Document type: Sale
Year: 1439
Scribe: Arnau d'Illes
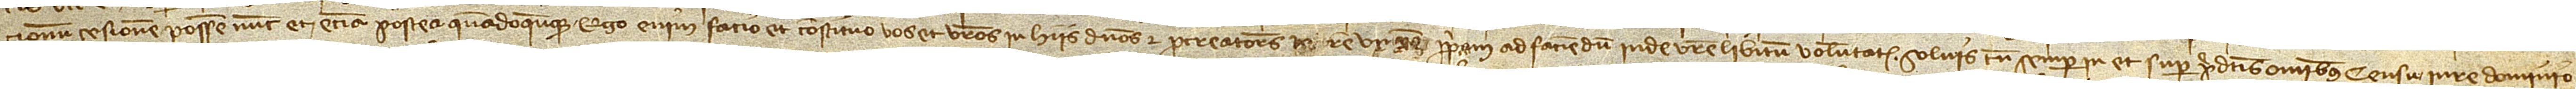
/ cionum cesionem possem, nunc et etiam postea quandoqumque, ego enim facio et constituo vos et vestros in hiis dominos et procuratores in rem vestram propriam, ad faciendum inde vestre libitum voluntatem, solvis tamen semper in et super predictis omnibus censu, iure, dominio